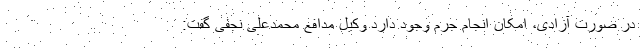
در صورت آزادی، امکان انجام جرم وجود دارد وکیل مدافع محمدعلی نجفی گفت: